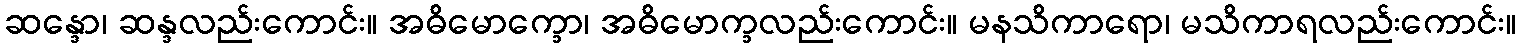
ဆန္ဒော၊ ဆန္ဒလည်းကောင်း။ အဓိမောက္ခော၊ အဓိမောက္ခလည်းကောင်း။ မနသိကာရော၊ မသိကာရလည်းကောင်း။